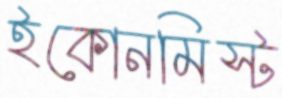
ইকোনমিস্ট